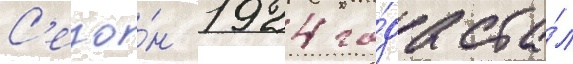
С'езо́н 1924 го́да ста́л